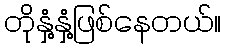
တိုနှံ့နှံ့ဖြစ်နေတယ်။